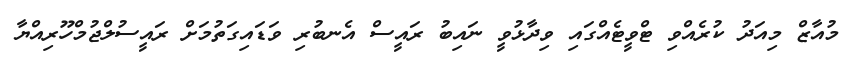
މުއާޒް މިއަދު ކުރެއްވި ޓްވީޓެއްގައި ވިދާޅުވީ ނައިބު ރައީސް އެނބުރި ވަޑައިގަތުމަށް ރައީސުލްޖުމްހޫރިއްޔާ